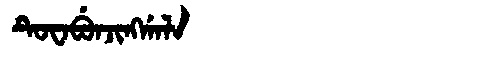
Manchu: ᡨᡠᠸᠠᠪᡠᠨᠵᡳᠩᡤᠠᠯᠠ
Romanization: TUWABUNJINGGALA